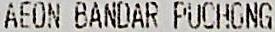
AEON BANDAR PUCHGNG